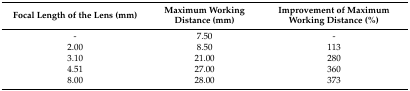
| Focal Length of the Lens (mm) | Maximum Working Distance (mm) | Improvement of Maximum Working Distance (%) |
 | --- | --- | --- |
 | - | 7.50 | - |
 | 2.00 | 8.50 | 113 |
 | 3.10 | 21.00 | 280 |
 | 4.51 | 27.00 | 360 |
 | 8.00 | 28.00 | 373 |